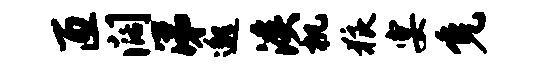
匝阔涕邈溪机狼宴免